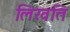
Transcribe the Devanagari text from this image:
लिखति